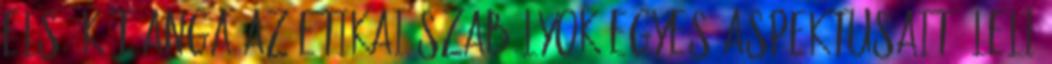
első két anga az etikai szabályok egyes aspektusait öleli